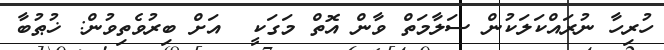
ހުރިހާ ނުރައްކަލަކުން ސަލާމަތް ވާން އޮތް މަގަކީ  އަށް ބިރުވެތިވުން: ޚުޠުބާ